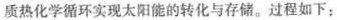
质热化学循环实现太阳能的转化与存储。过程如下：